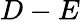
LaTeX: D-E